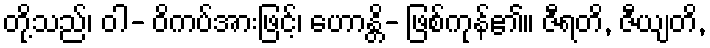
တို့သည်၊ ဝါ- ဝိကပ်အားဖြင့်၊ ဟောန္တိ- ဖြစ်ကုန်၏။ ဇီရတိ, ဇီယျတိ,